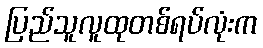
ပြည်သူလူထုတစ်ရပ်လုံးက